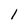
Character: l